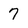
Character: 7